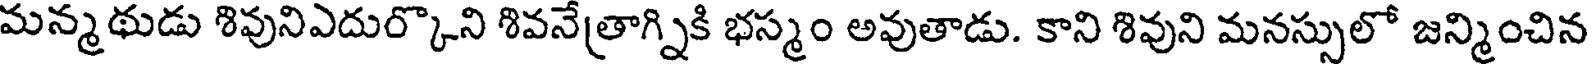
మన్మథుడు శివునిఎదుర్కొని శివనేత్రాగ్నికి భస్మం అవుతాడు. కాని శివుని మనస్సులో జన్మించిన